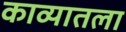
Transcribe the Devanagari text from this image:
काव्यातला